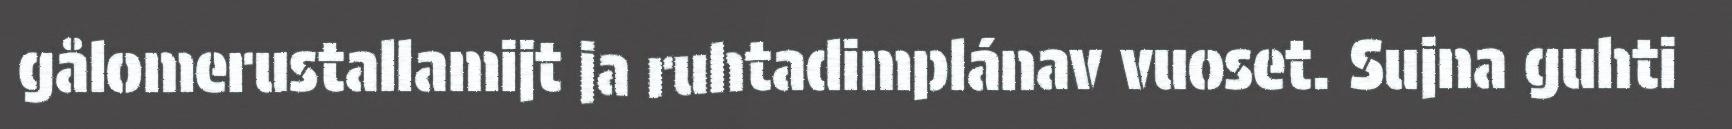
gålomerustallamijt ja ruhtadimplánav vuoset. Sujna guhti